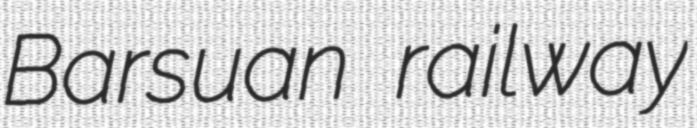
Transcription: Barsuan railway